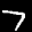
Label: 7